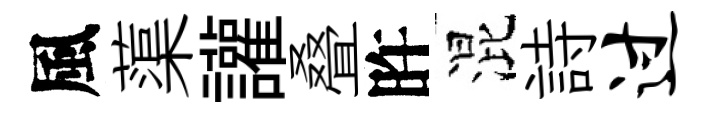
風蕖讙叠旿混詩过